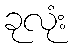
ခုလုံး